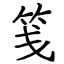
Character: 笺